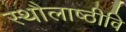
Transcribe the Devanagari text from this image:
स्थौलाष्ठीवि